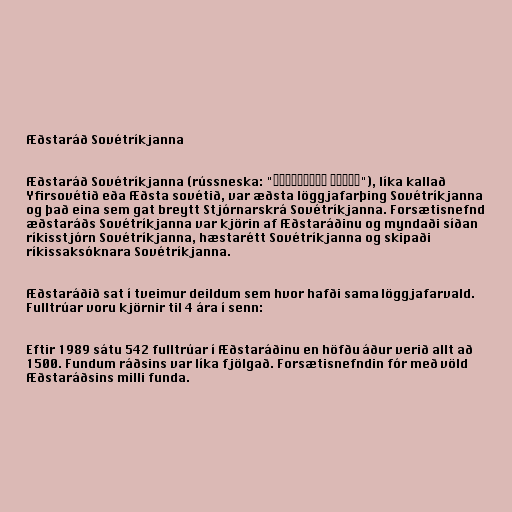
Æðstaráð Sovétríkjanna

Æðstaráð Sovétríkjanna (rússneska: "Верховный Совет"), líka kallað
Yfirsovétið eða Æðsta sovétið, var æðsta löggjafarþing Sovétríkjanna
og það eina sem gat breytt Stjórnarskrá Sovétríkjanna. Forsætisnefnd
æðstaráðs Sovétríkjanna var kjörin af Æðstaráðinu og myndaði síðan
ríkisstjórn Sovétríkjanna, hæstarétt Sovétríkjanna og skipaði
ríkissaksóknara Sovétríkjanna.

Æðstaráðið sat í tveimur deildum sem hvor hafði sama löggjafarvald.
Fulltrúar voru kjörnir til 4 ára í senn:

Eftir 1989 sátu 542 fulltrúar í Æðstaráðinu en höfðu áður verið allt að
1500. Fundum ráðsins var líka fjölgað. Forsætisnefndin fór með völd
Æðstaráðsins milli funda.